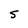
Character: 5